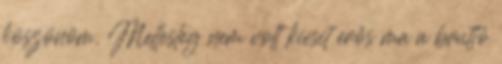
köszönöm. Mellesleg nem volt kicsit erős ma a bruttó